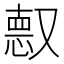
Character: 𫩈